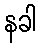
နခါ